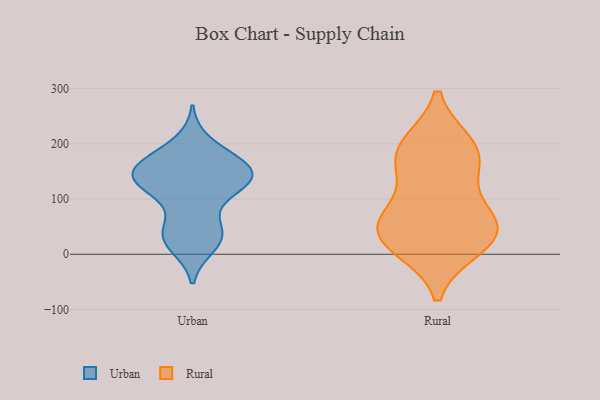
{"axis": {"x": "Budget (USD K)", "y": "Value"}, "legend": ["Rural", "Urban"], "data": [{"x": "", "y": 200, "type": "Urban"}, {"x": "", "y": 28, "type": "Urban"}, {"x": "", "y": 145, "type": "Urban"}, {"x": "", "y": 124, "type": "Urban"}, {"x": "", "y": 151, "type": "Urban"}, {"x": "", "y": 117, "type": "Urban"}, {"x": "", "y": 168, "type": "Urban"}, {"x": "", "y": 122, "type": "Urban"}, {"x": "", "y": 44, "type": "Urban"}, {"x": "", "y": 170, "type": "Urban"}, {"x": "", "y": 17, "type": "Urban"}, {"x": "", "y": 155, "type": "Urban"}, {"x": "", "y": 40, "type": "Urban"}, {"x": "", "y": 127, "type": "Urban"}, {"x": "", "y": 151, "type": "Urban"}, {"x": "", "y": 143, "type": "Urban"}, {"x": "", "y": 35, "type": "Urban"}, {"x": "", "y": 194, "type": "Rural"}, {"x": "", "y": 66, "type": "Rural"}, {"x": "", "y": 14, "type": "Rural"}, {"x": "", "y": 24, "type": "Rural"}, {"x": "", "y": 58, "type": "Rural"}, {"x": "", "y": 171, "type": "Rural"}, {"x": "", "y": 33, "type": "Rural"}, {"x": "", "y": 197, "type": "Rural"}, {"x": "", "y": 61, "type": "Rural"}, {"x": "", "y": 152, "type": "Rural"}]}